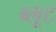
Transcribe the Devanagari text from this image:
ब्लूट